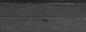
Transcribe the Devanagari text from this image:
मेनिन्जाईटिस